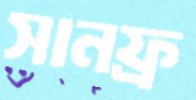
সানফ্র